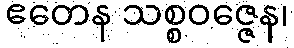
ဧတေန သစ္စဝဇ္ဇေန၊